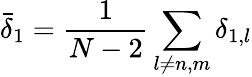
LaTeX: \bar{\delta}_{1}=\frac{1}{N-2}\sum_{l\neq n,m}\delta_{1,l}